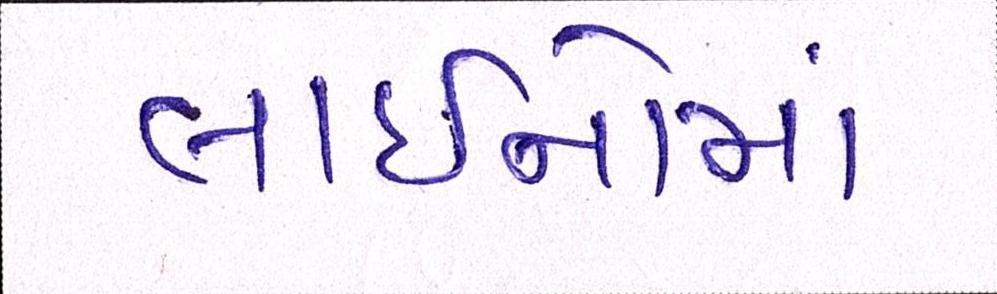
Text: લાઈનોમાં